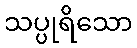
သပ္ပုရိသော